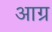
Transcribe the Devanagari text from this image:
आग्र